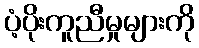
ပံ့ပိုးကူညီမှုများကို